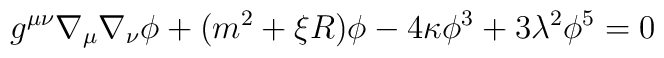
g^{\mu \nu }\nabla _\mu \nabla _\nu \phi +(m^2+\xi R)\phi -4\kappa\phi ^3+3\lambda ^2\phi ^5=0